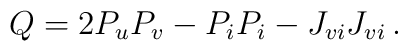
Q=2P_uP_v-P_iP_i-J_{vi}J_{vi}\,.